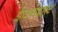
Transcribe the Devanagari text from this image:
ईज़नहार्ट